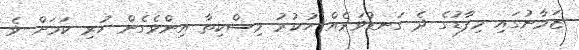
ޒަމާނުގައި މިފާޑުގެ ދެ ގަނޑުވަރެއް ހުކުރު މިސްކިތާ އިންވެގެން ހުރި ކަމަށް ވެ